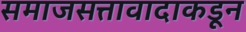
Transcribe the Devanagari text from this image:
समाजसत्तावादाकडून